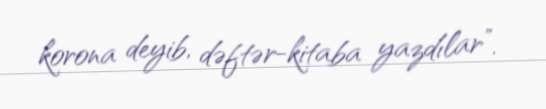
korona deyib, dəftər-kitaba yazdılar”.